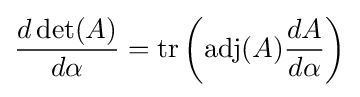
{\frac {d\det(A)}{d\alpha }}=\operatorname {tr} \left(\operatorname {adj} (A){\frac {dA}{d\alpha }}\right)